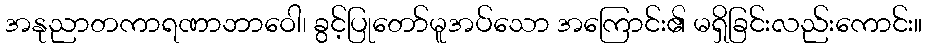
အနုညာတကာရဏာဘာဝေါ၊ ခွင့်ပြုတော်မူအပ်သော အကြောင်း၏ မရှိခြင်းလည်းကောင်း။